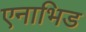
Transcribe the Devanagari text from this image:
एनाभिड